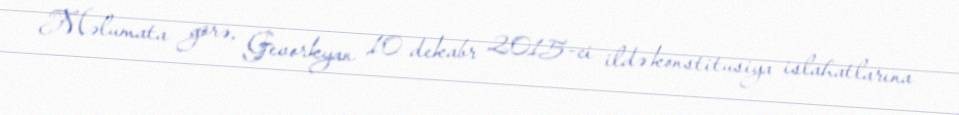
Məlumata görə, Gevorkyan 10 dekabr 2015-ci ildə konstitusiya islahatlarına